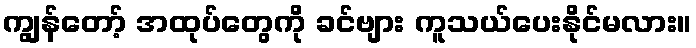
ကျွန်တော့် အထုပ်တွေကို ခင်ဗျား ကူသယ်ပေးနိုင်မလား။